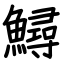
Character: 鱘